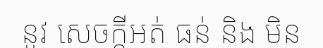
នូវ សេចក្តីអត់ ធន់ និង មិន